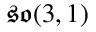
{ \mathfrak { s o } } ( 3 , 1 )